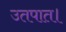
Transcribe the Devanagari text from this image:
उतपात।